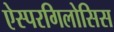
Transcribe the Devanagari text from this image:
ऐस्परगिलोसिस